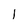
Character: 1